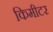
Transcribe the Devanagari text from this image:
किमीटर